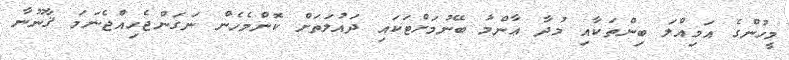
މީހުންގެ އަމިއްލަ ބިންތަކާއި މުދާ ޢާންމު ބޭނުމަށްޓަކައި ދައުލަތަށް ކޮންމެހެން ނަގަންޖެހިއްޖެނަމަ ޤާނޫނާ